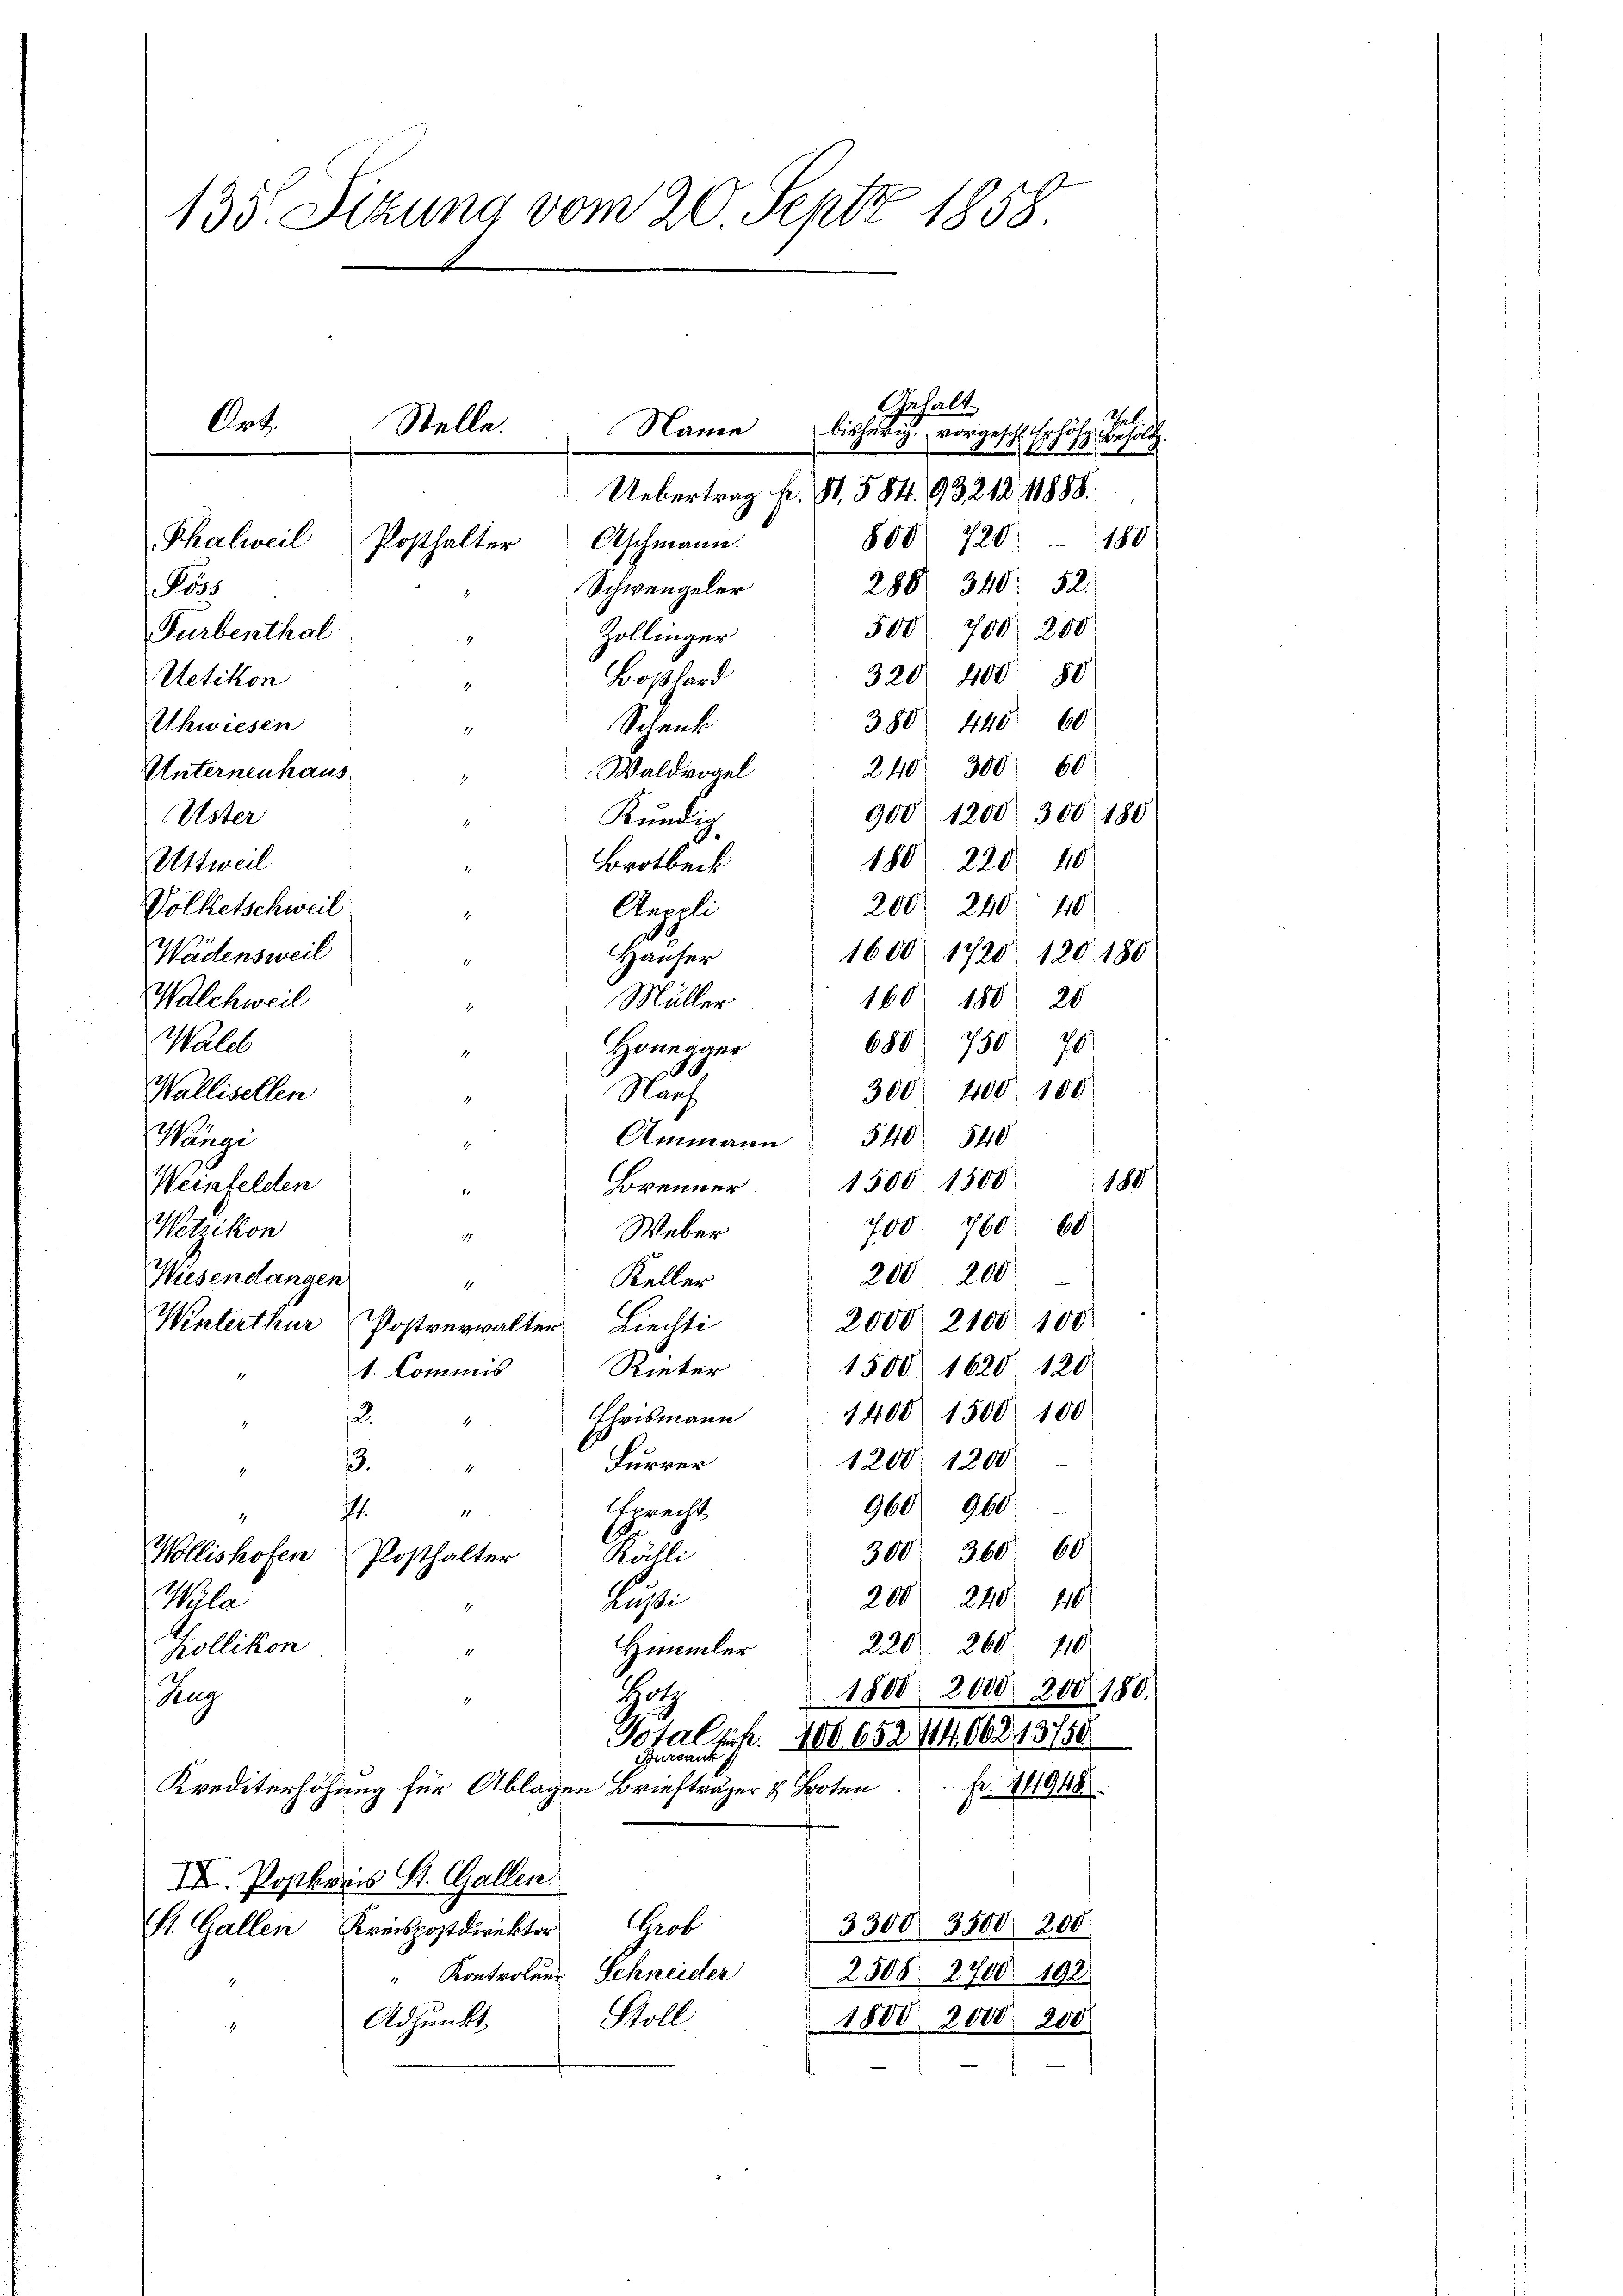
135. Sitzung vom 20. Septz 1858.

Thalweil
os
Turbenthal
Uetikon

800. 720 - 188
Aschmann.
Posthalter
288/ 340: 52.
Schweigeler
500 700 200
Zollinger
1
320. 400. 88
Boßhard
388 440. 60
Uhwiesen
Schenk
240/ 300. 60
Waldvogel
Unternenhaus
900 1200. 300 180
Kendlich
Uster
4
180 220. 110
Uttweil
Brotbeck
200 240. 40
Volketschweil
Anpoli
.
1600 1720 120 180
Wädensweil
Heuher
160. 180. 20
Walchweil
Müller
Walch
688 750. 70
Honegger
1
300 400. 100
Wallisellen
Bauf
Ammann 540. 540.
Mange
4
1500 1500
180
Weinfelden
Brenner
E
700. 760. 60
Wetzikon
Weber
2
200 200
Wiesendangen
Keller
1
2000 2100. 100
Winterthur Postverwalter Liechti
1500 1620. 120
Rieker
1. Commis
1
1400 1500 100
Chrismann
.
1200 1200
Furrer
.
1.
.
960 960
sprecht
11
.
300. 360. 60
Källi
Wollishofen Posthalter
200/ 240. 410
Wula
Lessi
4
220. 260. 210
Himmler
Zollikon
4
1808. 2000. 200 180.
Zug
Zug
Total pp. 400. 652/466213758
Beizerin
fr. 14948
Krediterhöhung für Ablagen Briefträger & Boten
III. Postkreis St. Gallen.
3300. 3500. 200
St. Gallen Kreispostdirektor Grob
" Kontroluer Schneider
2508. 2700. 198.
Stoll
Adjunkt
1800. 2000. 200
4

Ort.
Stelle.
Name
Uebertrag fr. 18. 584. 93212 11888.

Gehalt
el.
4)

bisherig. vorgeschl. Erhöhe, besold

.